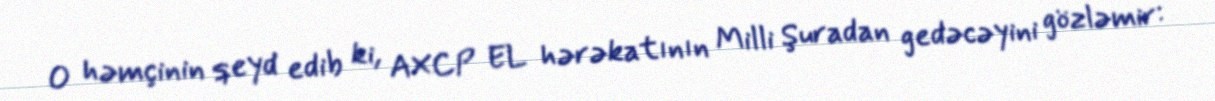
O həmçinin qeyd edib ki, AXCP EL hərəkatının Milli Şuradan gedəcəyini gözləmir: